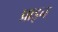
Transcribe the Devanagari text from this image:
प्राइन